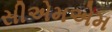
સીએમએમ